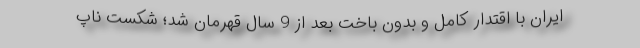
ایران با اقتدار کامل و بدون باخت بعد از 9 سال قهرمان شد؛ شکست ناپ